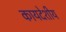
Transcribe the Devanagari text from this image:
कायदेशीय